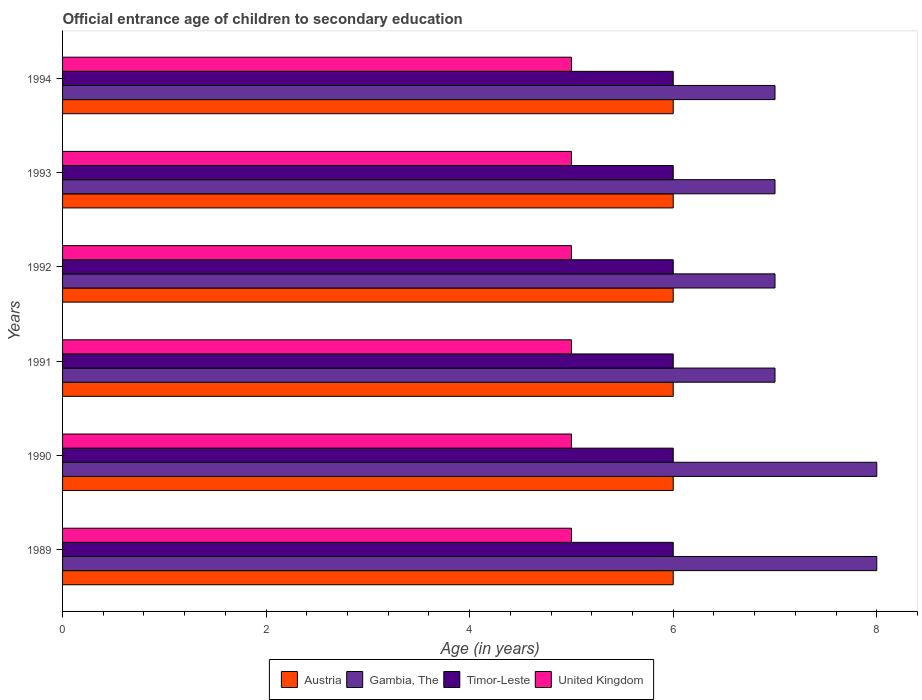
| Years | Austria | Gambia, The | Timor-Leste | United Kingdom |
 | --- | --- | --- | --- | --- |
 | 1989 | 6 | 8 | 6 | 5 |
 | 1990 | 6 | 8 | 6 | 5 |
 | 1991 | 6 | 7 | 6 | 5 |
 | 1992 | 6 | 7 | 6 | 5 |
 | 1993 | 6 | 7 | 6 | 5 |
 | 1994 | 6 | 7 | 6 | 5 |